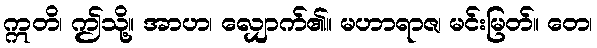
ဣတိ၊ ဤသို့။ အာဟ၊ လျှောက်၏။ မဟာရာဇ၊ မင်းမြတ်။ တေ၊